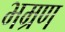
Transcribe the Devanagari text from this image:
भम्रण